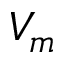
V _ { m }